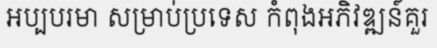
អប្បបរមា សម្រាប់ប្រទេស កំពុងអភិវឌ្ឍន៍គួរ